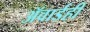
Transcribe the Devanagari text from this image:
ॲवार्डही